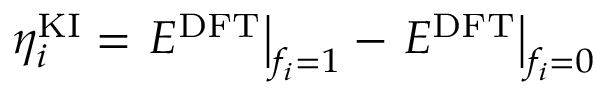
\eta _ { i } ^ { \mathrm { K I } } = \left. E ^ { \mathrm { D F T } } \right| _ { f _ { i } = 1 } - \left. E ^ { \mathrm { D F T } } \right| _ { f _ { i } = 0 }